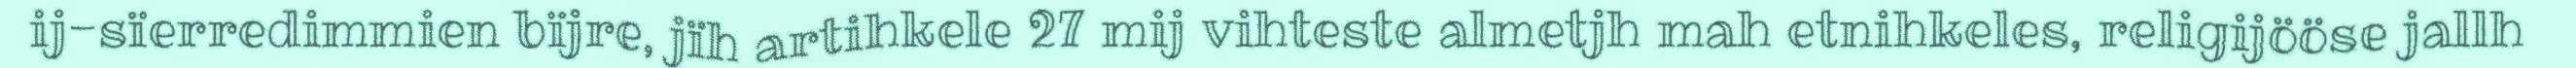
ij-sïerredimmien bïjre, jïh artihkele 27 mij vihteste almetjh mah etnihkeles, religijööse jallh